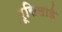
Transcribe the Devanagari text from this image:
रूसिलाई